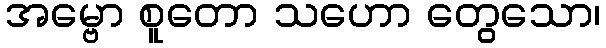
အမ္ဗော စူတော သဟော တွေသော၊